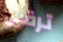
ترقى